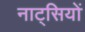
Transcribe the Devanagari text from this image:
नाट्सियों